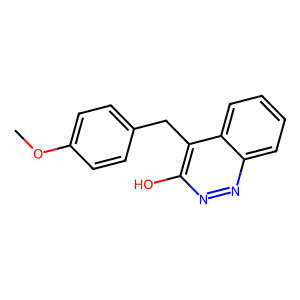
SMILES: COc1ccc(Cc2c(O)nnc3ccccc23)cc1
Inhibits HIV replication: No